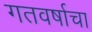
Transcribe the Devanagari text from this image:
गतवर्षाचा